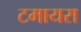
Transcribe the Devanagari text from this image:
टमायरा